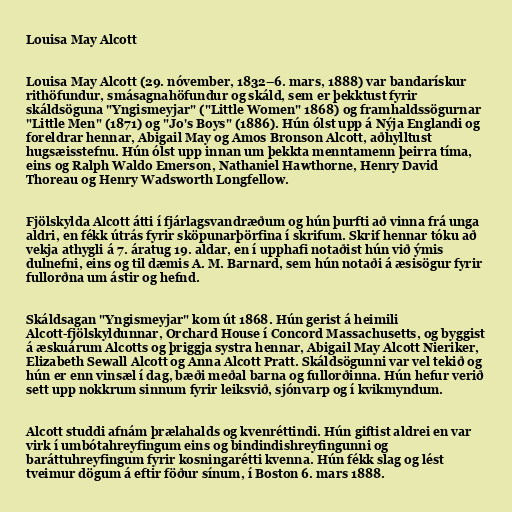
Louisa May Alcott

Louisa May Alcott (29. nóvember, 1832–6. mars, 1888) var bandarískur
rithöfundur, smásagnahöfundur og skáld, sem er þekktust fyrir
skáldsöguna "Yngismeyjar" ("Little Women" 1868) og framhaldssögurnar
"Little Men" (1871) og "Jo's Boys" (1886). Hún ólst upp á Nýja Englandi og
foreldrar hennar, Abigail May og Amos Bronson Alcott, aðhylltust
hugsæisstefnu. Hún ólst upp innan um þekkta menntamenn þeirra tíma,
eins og Ralph Waldo Emerson, Nathaniel Hawthorne, Henry David
Thoreau og Henry Wadsworth Longfellow.

Fjölskylda Alcott átti í fjárlagsvandræðum og hún þurfti að vinna frá unga
aldri, en fékk útrás fyrir sköpunarþörfina í skrifum. Skrif hennar tóku að
vekja athygli á 7. áratug 19. aldar, en í upphafi notaðist hún við ýmis
dulnefni, eins og til dæmis A. M. Barnard, sem hún notaði á æsisögur fyrir
fullorðna um ástir og hefnd.

Skáldsagan "Yngismeyjar" kom út 1868. Hún gerist á heimili
Alcott-fjölskyldunnar, Orchard House í Concord Massachusetts, og byggist
á æskuárum Alcotts og þriggja systra hennar, Abigail May Alcott Nieriker,
Elizabeth Sewall Alcott og Anna Alcott Pratt. Skáldsögunni var vel tekið og
hún er enn vinsæl í dag, bæði meðal barna og fullorðinna. Hún hefur verið
sett upp nokkrum sinnum fyrir leiksvið, sjónvarp og í kvikmyndum.

Alcott studdi afnám þrælahalds og kvenréttindi. Hún giftist aldrei en var
virk í umbótahreyfingum eins og bindindishreyfingunni og
baráttuhreyfingum fyrir kosningarétti kvenna. Hún fékk slag og lést
tveimur dögum á eftir föður sínum, í Boston 6. mars 1888.